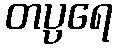
တပ္ပရေ